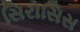
સિરોસિસ